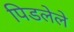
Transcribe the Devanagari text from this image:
पिडलेले